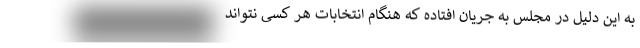
به این دلیل در مجلس به جریان افتاده که هنگام انتخابات هر کسی نتواند